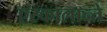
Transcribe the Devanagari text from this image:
एस्कालान्ते